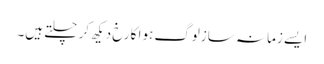
ایسے زمانہ سازلوگ ہوا کا رخ دیکھ کر چلتے ہیں۔